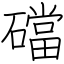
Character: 礑